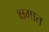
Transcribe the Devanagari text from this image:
क्षमात